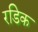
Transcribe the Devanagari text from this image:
रडिक